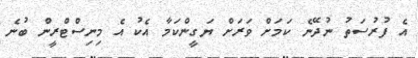
އެ ފުރުސަތު ނުދޭނެ ކަމަށް ވަރަށް ޔަގީންކަމާ އެކު އެ މިނިސްޓްރީން ބުނެ